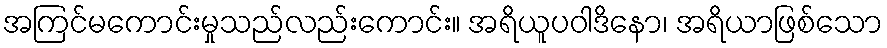
အကြင်မကောင်းမှုသည်လည်းကောင်း။ အရိယူပဝါဒိနော၊ အရိယာဖြစ်သော